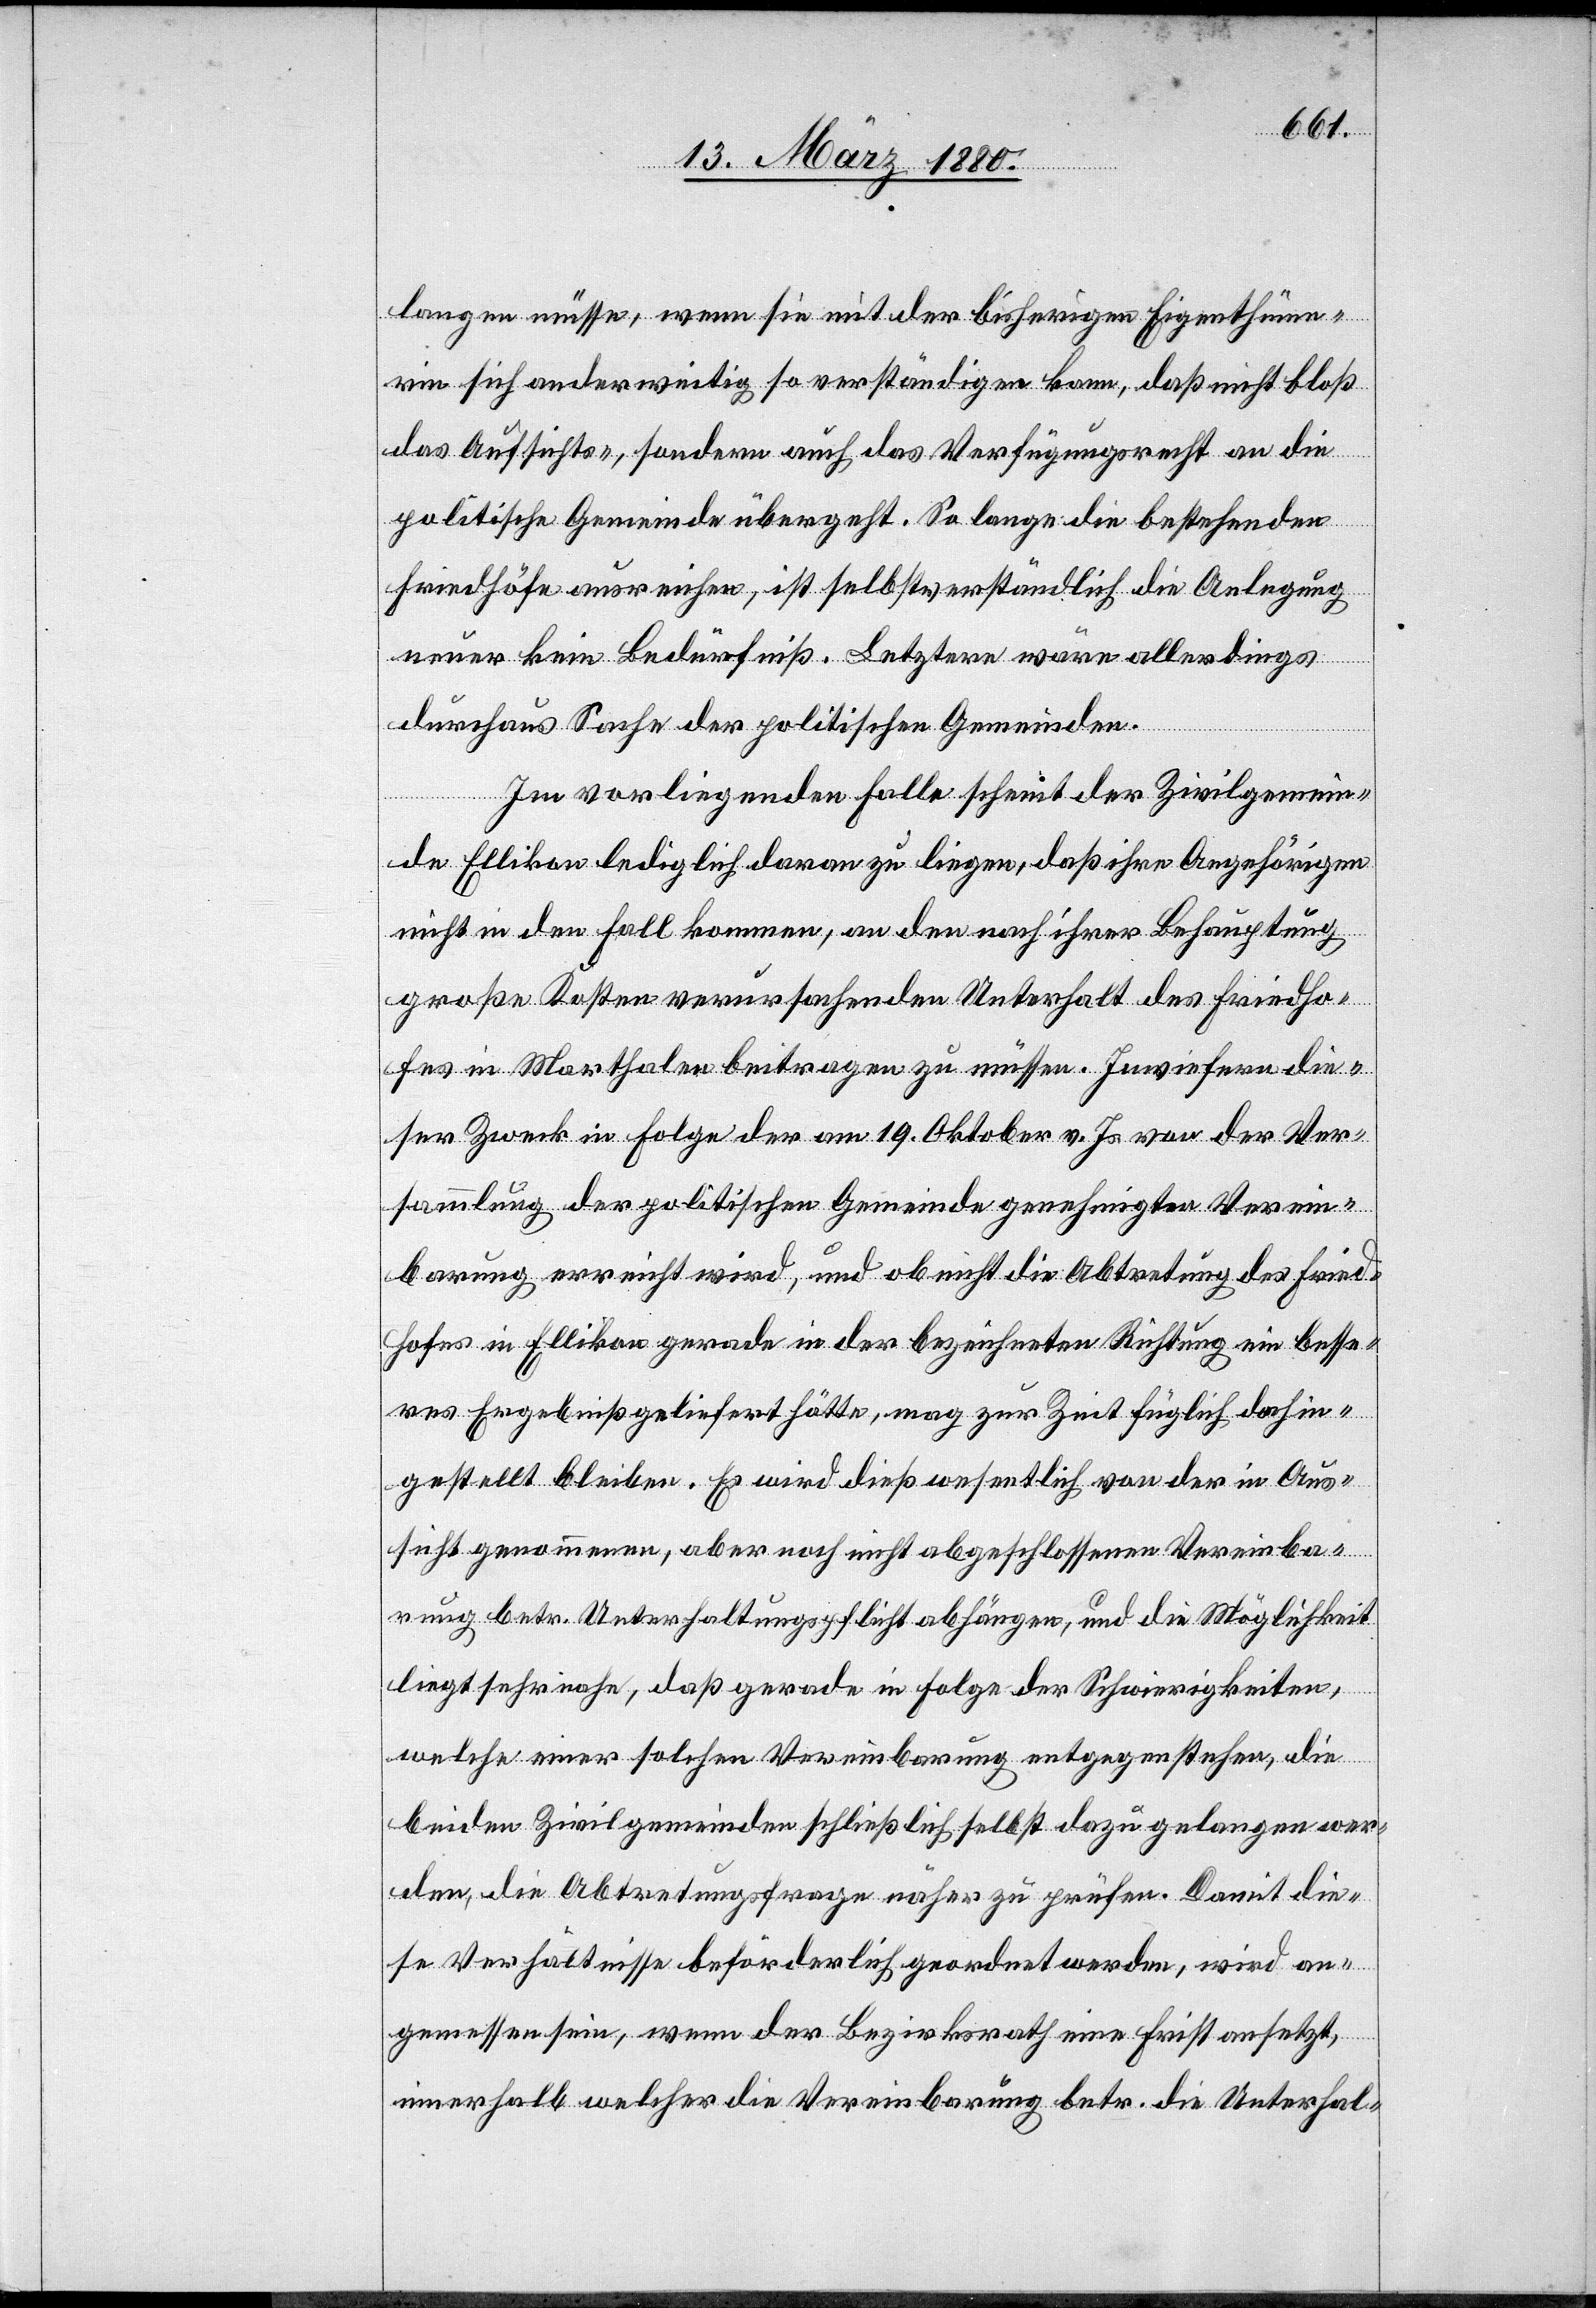
langen müsse, wenn sie mit der bisherigen Eigenthüme¬
rin sich anderweitig so verständigen kann, daß nicht bloß
das Aufsichts-, sondern auch das Verfügungsrecht an die
politische Gemeinde übergeht. So lange die bestehenden
Friedhöfe ausreichen, ist selbstverständlich die Anlegung
neuer kein Bedürfniß. Letztere wäre allerdings
durchaus Sache der politischen Gemeinden.
Im vorliegenden Falle scheint der Zivilgemein¬
de Ellikon lediglich daran zu liegen, daß ihre Angehörigen
nicht in den Fall kommen, an den nach ihrer Behauptung
große Kosten verursachenden Unterhalt des Friedho¬
fes in Marthalen beitragen zu müssen. Inwiefern die¬
ser Zweck in Folge der am 19. Oktober v. Js. von der Ver¬
sammlung der politischen Gemeinde genehmigten Verein¬
barung erreicht wird, und ob nicht die Abtretung des Fried¬
hofes in Ellikon gerade in der bezeichneten Richtung ein besse¬
res Ergebniß geliefert hätte, mag zur Zeit füglich dahin¬
gestellt bleiben. Es wird dieß wesentlich von der in Aus¬
sicht genommenen, aber noch nicht abgeschlossenen Vereinba¬
rung betr. Unterhaltungspflicht abhängen, und die Möglichkeit
liegt sehr nahe, daß gerade in Folge der Schwierigkeiten,
welche einer solchen Vereinbarung entgegenstehen, die
beiden Zivilgemeinden schließlich selbst dazu gelangen er¬
den, die Abtretungsfrage näher zu prüfen. Damit die¬
se Verhältnisse beförderlich geordnet werden, wird an¬
gemessen sein, wenn der Bezirksrath eine Frist ansetzt,
innerhalb welcher die Vereinbarung betr. die Unterhal-